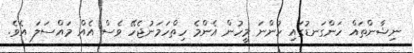
ނިޝާންތައް ހަންގަނޑުގައި ހުންނަ މީހުން އެންމެ ހިތްހަމަނުޖެހޭ ވެސް އެއް މައްސަލަ އެވެ.